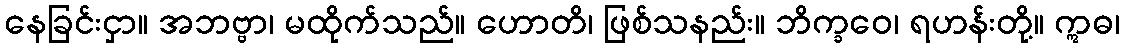
နေခြင်းငှာ။ အဘဗ္ဗာ၊ မထိုက်သည်။ ဟောတိ၊ ဖြစ်သနည်း။ ဘိက္ခဝေ၊ ရဟန်းတို့။ ဣဓ၊